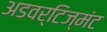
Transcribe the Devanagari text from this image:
अडवर्टिज्मंट